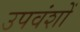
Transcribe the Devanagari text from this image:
उपवंशों